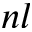
n l